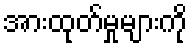
အားထုတ်မှုများကို